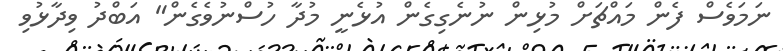
ނަމަވެސް ފެން މައްޗަށް މުޅިން ނުނެގިގެން އުޅެނީ މުދާ ހުސްނުވެގެން" އަބްދު ވިދާޅުވި